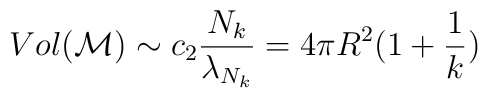
Vol ({\cal M}) \sim c_2 \frac{N_k}{\lambda_{N_k}} = 4 \pi R^2 (1 + \frac{1}{k})